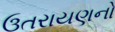
ઉતરાયણનો